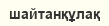
шайтанқұлақ